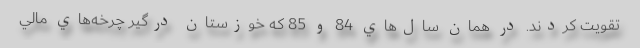
تقويت كردند. در همان سال‌هاي 84 و 85 كه خوزستان درگير چرخه‌هاي مالي